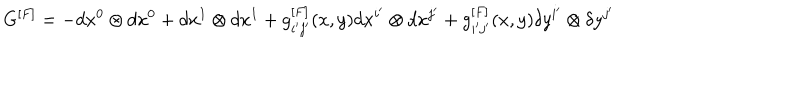
LaTeX: G ^ { [ F ] } = - d x ^ { 0 } \otimes d x ^ { 0 } + d x ^ { 1 } \otimes d x ^ { 1 } + g _ { i ^ { \prime } j ^ { \prime } } ^ { [ F ] } ( x , y ) d x ^ { i ^ { \prime } } \otimes d x ^ { j ^ { \prime } } + g _ { i ^ { \prime } j ^ { \prime } } ^ { [ F ] } ( x , y ) \delta y ^ { i ^ { \prime } } \otimes \delta y ^ { j ^ { \prime } }